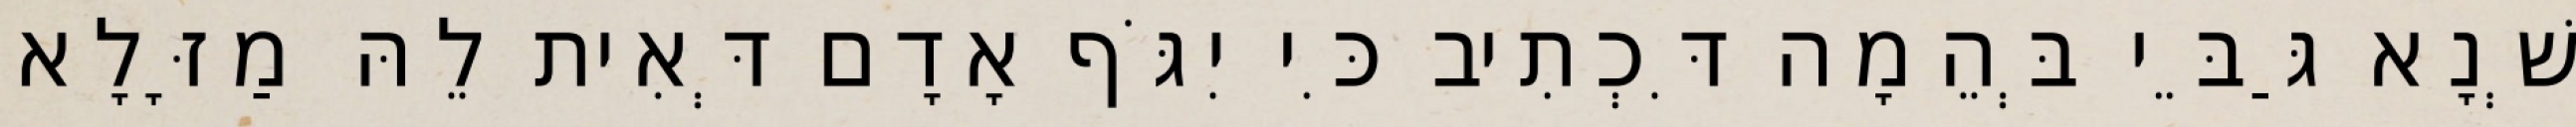
שְׁנָא גַּבֵּי בְּהֵמָה דִּכְתִיב כִּי יִגֹּף אָדָם דְּאִית לֵהּ מַזָּלָא